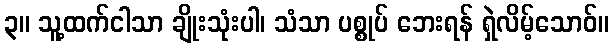
၃။ သူ့ထက်ငါသာ ချိုးသုံးပါ၊ သံသာ ပစ္စုပ် ဘေးရန် ရှဲလိမ့်သောဝ်။